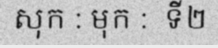
សុក : មុក :  ទី២